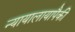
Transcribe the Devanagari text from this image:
न्यायालायापैकी